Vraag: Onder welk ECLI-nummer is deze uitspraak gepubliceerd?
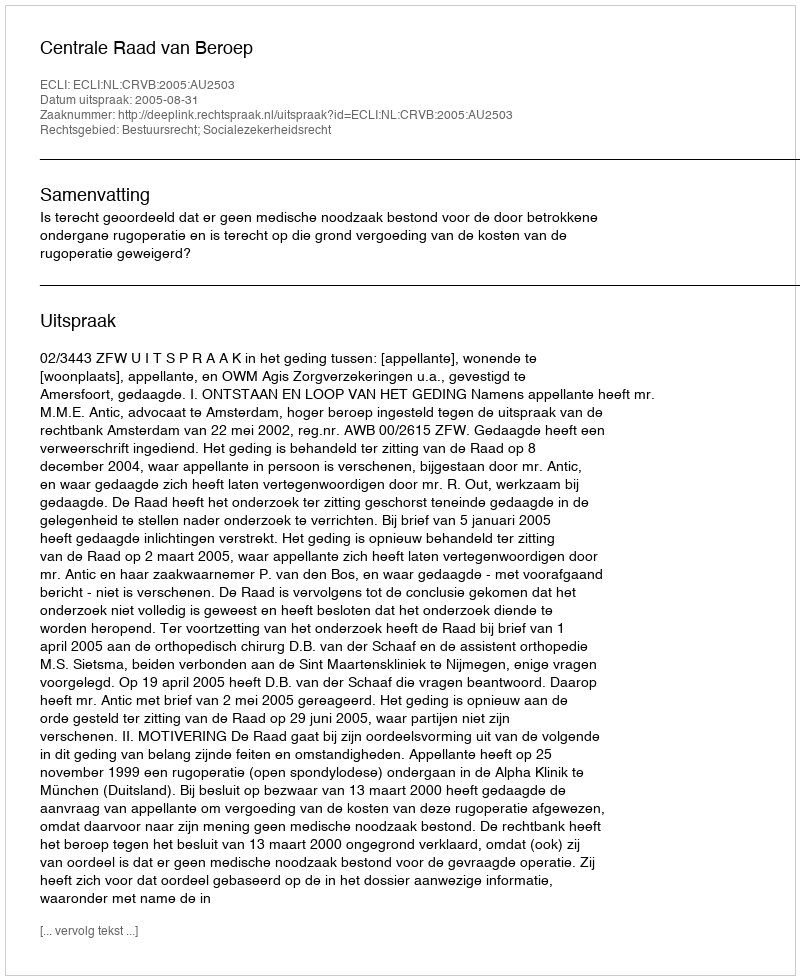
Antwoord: ECLI:NL:CRVB:2005:AU2503